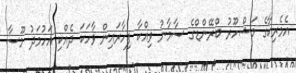
އެމެރިކާގެ މަޝްހޫރު ބްރޭންޑްގެ ސާމާނު ވިއްކާ ފިހާރައިން ވާހަކަ ދެއްކި އަހުމަދު މޫސާ